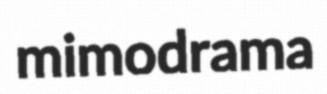
mimodrama